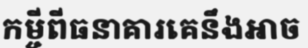
កម្ចីពីធនាគារគេនឹងអាច